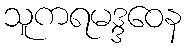
သူကရမဒ္ဒဝေန